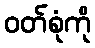
ဝတ်စုံကို